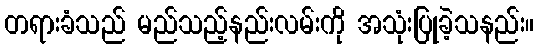
တရားခံသည် မည်သည့်နည်းလမ်းကို အသုံးပြုခဲ့သနည်း။